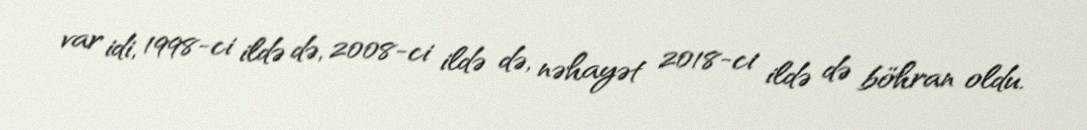
var idi, 1998-ci ildə də, 2008-ci ildə də, nəhayət 2018-ci ildə də böhran oldu.